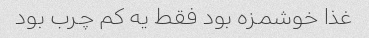
غذا خوشمزه بود فقط یه کم چرب بود